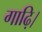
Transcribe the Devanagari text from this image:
गाढ़ि।